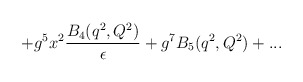
\begin{align*}+g^5x^2{B_4(q^2,Q^2)\over \epsilon}+g^7B_5(q^2,Q^2)+...\end{align*}